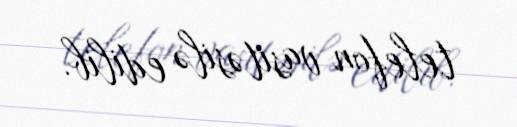
telefon vasitəsilə edilib.